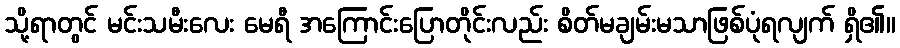
သို့ရာတွင် မင်းသမီးလေး မေရီ အကြောင်းပြောတိုင်းလည်း စိတ်မချမ်းမသာဖြစ်ပုံရလျက် ရှိ၏။